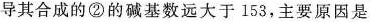
导其合成的②的碱基数远大于153，主要原因是